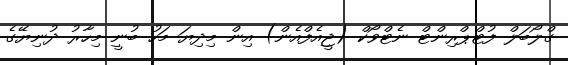
ގްލޯބަލް ފުޓްޕްރިންޓް ނެޓްވޯކް (ޖީއެފްއެން) އިން މިދިޔަ މަހު ބުނީ މިހާރު ދުނިޔޭގެ